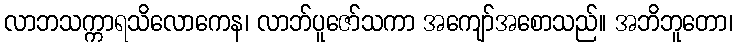
လာဘသက္ကာရသိလောကေန၊ လာဘ်ပူဇော်သကာ အကျော်အစောသည်။ အဘိဘူတော၊